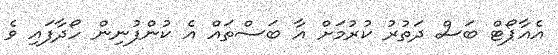
އެއާޕޯޓް ބަސް ދަތުރު ކުރުމަށް އާ ބަސްތައް އެ ކުންފުނިން ހޯދާފައި ވެ